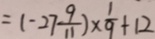
= ( - 2 7 \frac { 9 } { 1 1 } ) \times \frac { 1 } { 9 } + 1 2